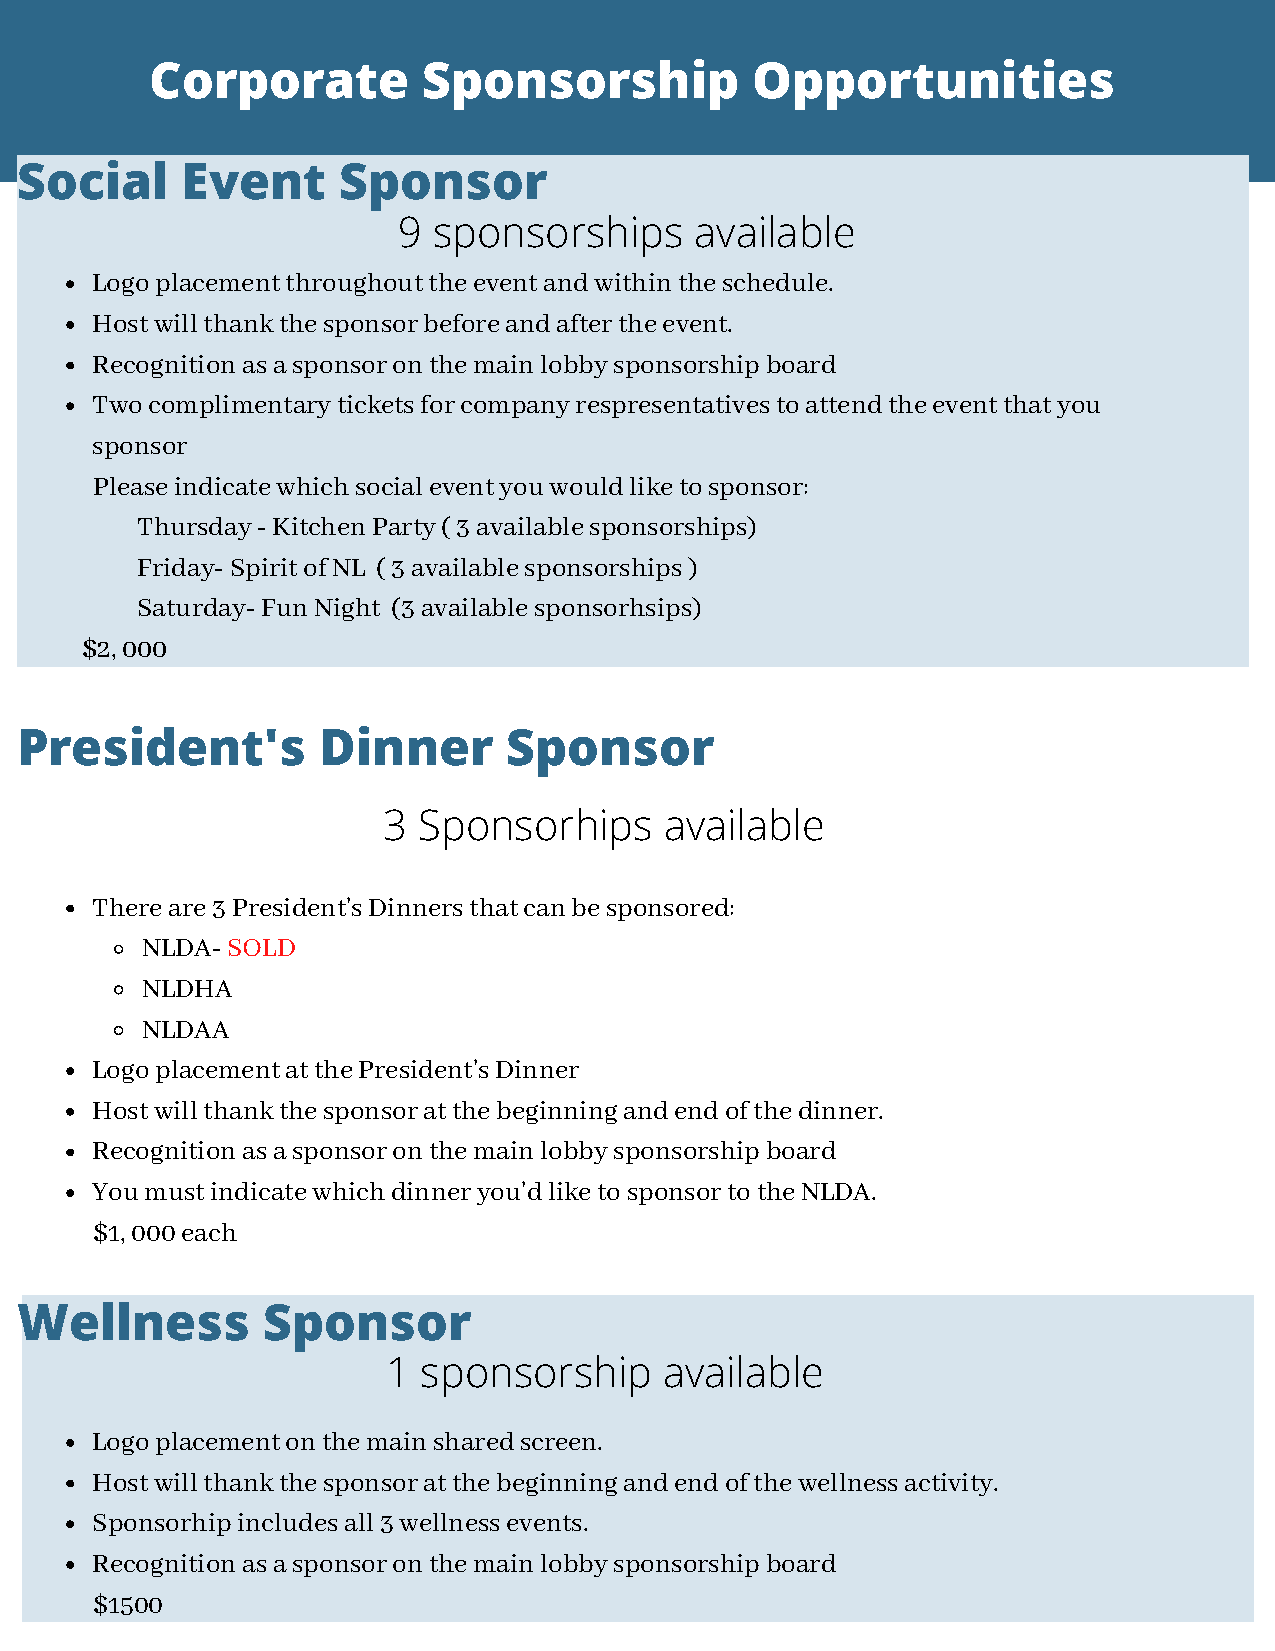
Corporate         Sponsorship           Opportunities
 Social     Event     Sponsor
 9  sponsorships     available
 Logo placement throughout the event and within the schedule.
 Host will thank the sponsor before and after the event.
 Recognition as a sponsor on the main lobby sponsorship board
 Two complimentary tickets for company respresentatives to attend the event that you
 sponsor
 Please indicate which social event you would like to sponsor:
 Thursday - Kitchen Party ( 3 available sponsorships)
 Friday- Spirit of NL ( 3 available sponsorships )
 Saturday- Fun Night (3 available sponsorhsips)
 $2, 000
 President's         Dinner       Sponsor
 3  Sponsorhips     available
 There are 3 President's Dinners that can be sponsored:
 NLDA- SOLD
 NLDHA
 NLDAA
 Logo placement at the President's Dinner
 Host will thank the sponsor at the beginning and end of the dinner.
 Recognition as a sponsor on the main lobby sponsorship board
 You must indicate which dinner you'd like to sponsor to the NLDA.
 $1, 000 each
 Wellness        Sponsor
 1 sponsorship     available
 Logo placement on the main shared screen.
 Host will thank the sponsor at the beginning and end of the wellness activity.
 Sponsorhip includes all 3 wellness events.
 Recognition as a sponsor on the main lobby sponsorship board
 $1500